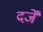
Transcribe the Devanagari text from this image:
दर्जें